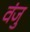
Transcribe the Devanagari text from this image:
वंजु